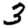
Digit: 3